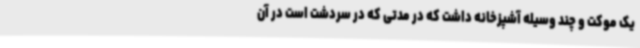
یک موکت و چند وسیله آشپزخانه داشت که در مدتی که در سردشت است در آن